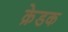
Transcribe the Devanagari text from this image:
क्रेडक